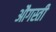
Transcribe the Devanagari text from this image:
औगस्ती